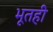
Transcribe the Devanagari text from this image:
भूतही